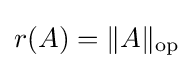
r(A)=\|A\|_{\operatorname {op} }